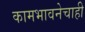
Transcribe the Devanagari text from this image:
कामभावनेचाही